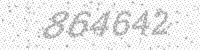
Solution: 864642